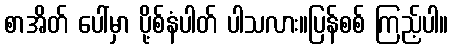
စာအိတ် ပေါ်မှာ ပို့စ်နံပါတ် ပါသလား။ပြန်စစ် ကြည့်ပါ။